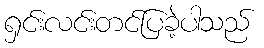
ရှင်းလင်းတင်ပြခဲ့ပါသည်